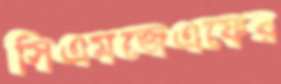
সিএমজেএফের